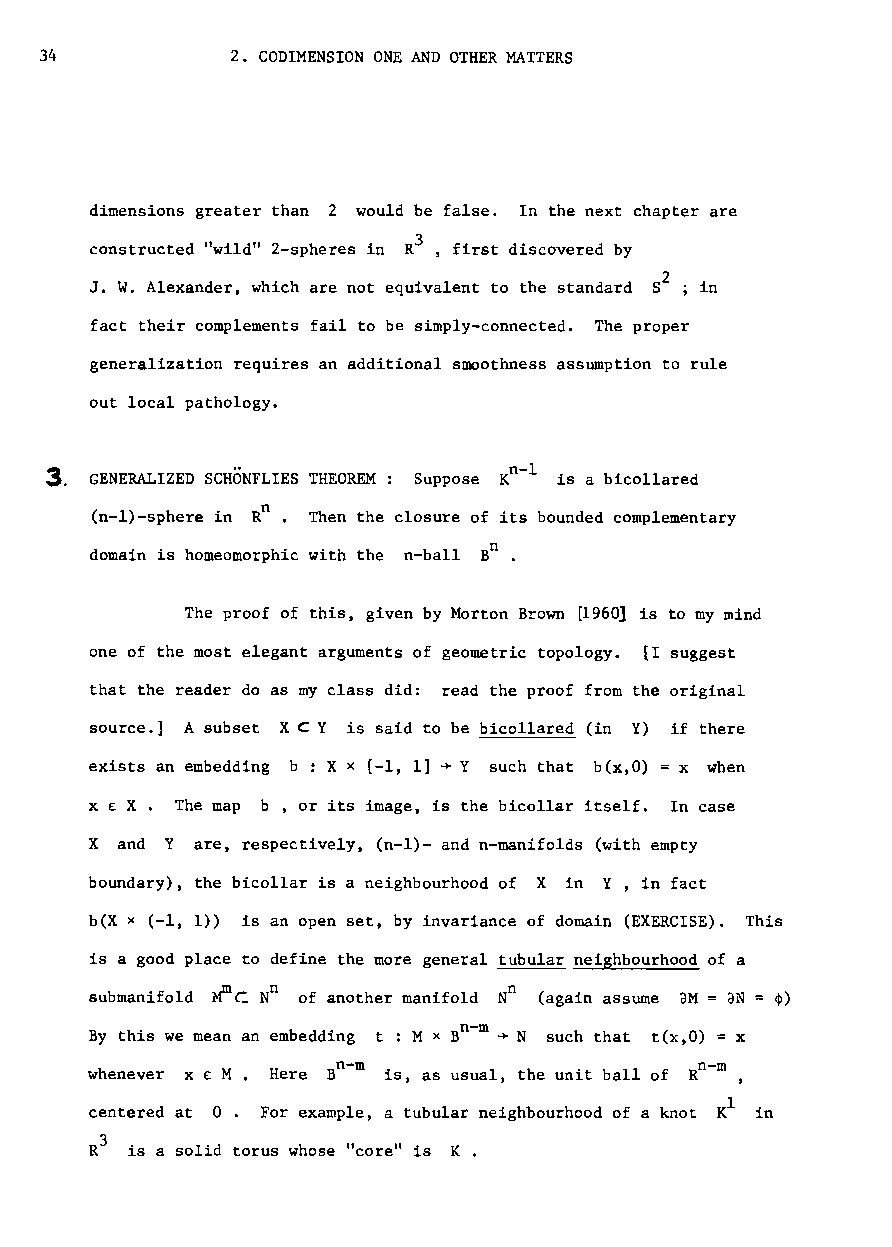
34          2. CODIMENSION ONE AND OTHER MATTERS
 dimensions greater than 2 would be false. In the next chapter are
 3
 constructed "wild" 2-spheres in R , first discovered by
 2
 J. W. Alexander, which are not equivalent to the standard S ; in
 fact their complements fail to be simply-connected. The proper
 generalization requires an additional smoothness assumption to rule
 out local pathology.
 :5.                            n 1
 GENERALIZED SCHONFLIES THEOREM: Suppose K - is a bicollared
 n
 (n-l)-sphere in R • Then the closure of its bounded complementary
 n
 domain is homeomorphic with the n-ball B .
 The proof of this, given by Morton Brown [1960J is to my mind
 one of the most elegant arguments of geometric topology. [I suggest
 that the reader do as my class did: read the proof from the original
 source.] A subset XC Y is said to be bicollared (in Y) if there
 exists an embedding b : X x [-1, 1] + Y such that b(x,O) =x when
 X £ X. The map b , or its image, is the bicollar itself. In case
 X and Yare, respectively, (n-l)- and n-manifolds (with empty
 boundary), the bicollar is a neighbourhood of X in Y , in fact
 b(X x (-1, 1» is an open set, by invariance of domain (EXERCISE). This
 is a good place to define the more general tubular neighbourhood of a
 submanifold ~C Nn of another manifold Nn (again assume aM = aN cp)
 n m
 By this we mean an embedding t : Mx B - + N such that t(x,O) = x
 n m                     n m
 whenever x £ M Here B - is, as usual, the unit ball of R -
 °
 l
 centered at For example, a tubular neighbourhood of a knot K in
 3
 R  is a solid torus whose "core" is K.